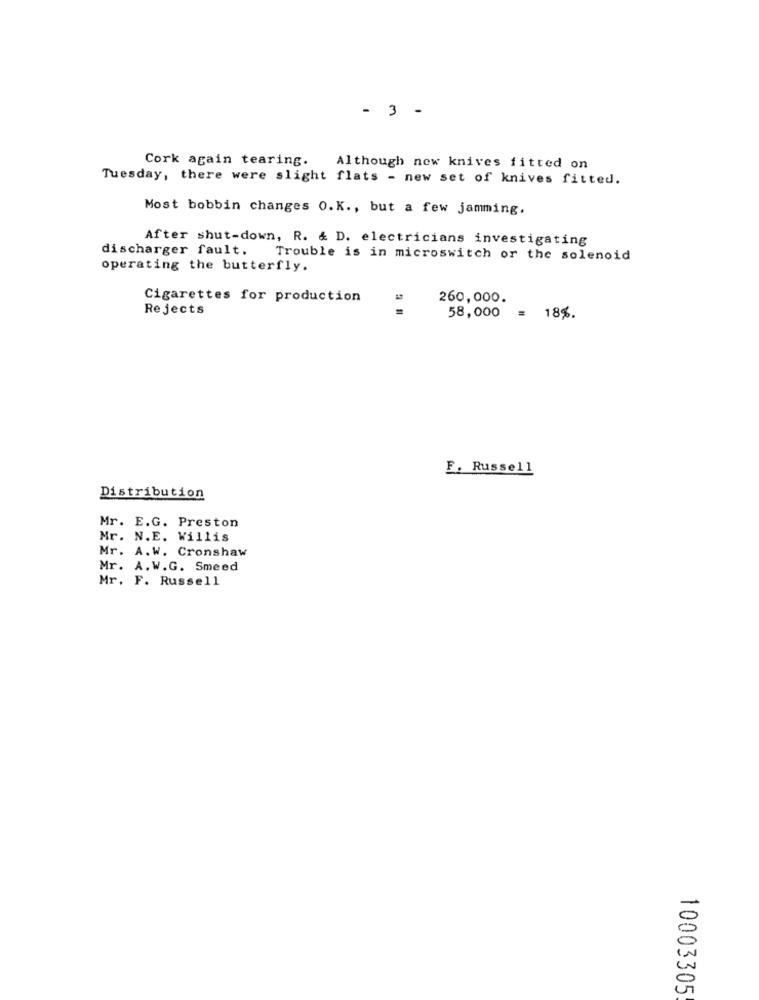
- 3 -
Cork again tearing.
Although new knives fitted on
Tuesday, there were slight flats - new set of knives fitted.
Most bobbin changes O.K ., but a few jamming.
After shut-down, R. & D. electricians investigating
discharger fault. Trouble is in microswitch or the solenoid
operating the butterfly.
Cigarettes for production
260,000.
Rejects
58,000 = 18%.
F. Russell
Distribution
Mr. E.G. Preston
Mr. N.E. Willis
Mr. A.W. Cronshaw
Mr. A. W.G. Smeed
Mr. F. Russell
10003305